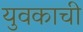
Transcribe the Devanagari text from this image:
युवकाची